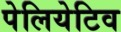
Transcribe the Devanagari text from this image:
पेलियेटिव